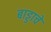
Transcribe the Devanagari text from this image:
बाड्डाचे